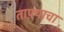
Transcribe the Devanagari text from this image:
ताफ़्याचा